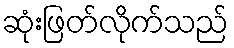
ဆုံးဖြတ်လိုက်သည်